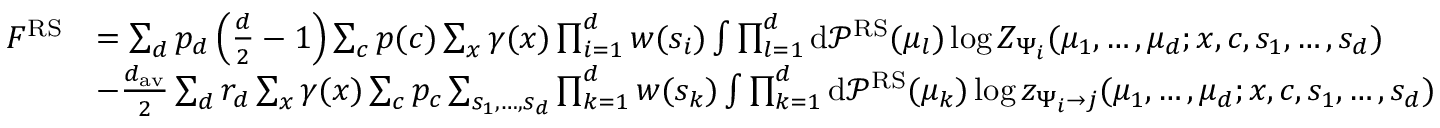
\begin{array} { r } { \begin{array} { r l } { F ^ { \mathrm { R S } } } & { = \sum _ { d } p _ { d } \left( \frac { d } { 2 } - 1 \right) \sum _ { c } p ( c ) \sum _ { x } \gamma ( x ) \prod _ { i = 1 } ^ { d } w ( s _ { i } ) \int \prod _ { l = 1 } ^ { d } \mathrm { d } \mathcal { P } ^ { \mathrm { R S } } ( \mu _ { l } ) \log Z _ { \Psi _ { i } } ( \mu _ { 1 } , \dots , \mu _ { d } ; x , c , s _ { 1 } , \dots , s _ { d } ) } \\ & { - \frac { d _ { \mathrm { a v } } } { 2 } \sum _ { d } r _ { d } \sum _ { x } \gamma ( x ) \sum _ { c } p _ { c } \sum _ { s _ { 1 } , \dots , s _ { d } } \prod _ { k = 1 } ^ { d } w ( s _ { k } ) \int \prod _ { k = 1 } ^ { d } \mathrm { d } \mathcal { P } ^ { \mathrm { R S } } ( \mu _ { k } ) \log z _ { \Psi _ { i } \to j } ( \mu _ { 1 } , \dots , \mu _ { d } ; x , c , s _ { 1 } , \dots , s _ { d } ) } \end{array} } \end{array}